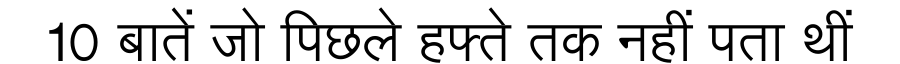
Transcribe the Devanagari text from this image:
10 बातें जो पिछले हफ्ते तक नहीं पता थीं